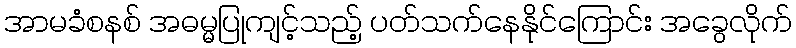
အာမခံစနစ် အဓမ္မပြုကျင့်သည့် ပတ်သက်နေနိုင်ကြောင်း အခွေလိုက်